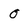
Character: 0